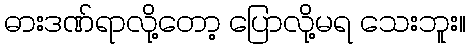
ဓားဒဏ်ရာလို့တော့ ပြောလို့မရ သေးဘူး။